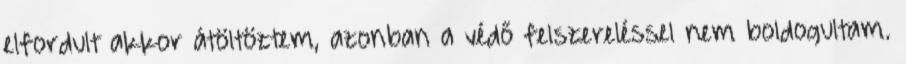
elfordult akkor átöltöztem, azonban a védő felszereléssel nem boldogultam.